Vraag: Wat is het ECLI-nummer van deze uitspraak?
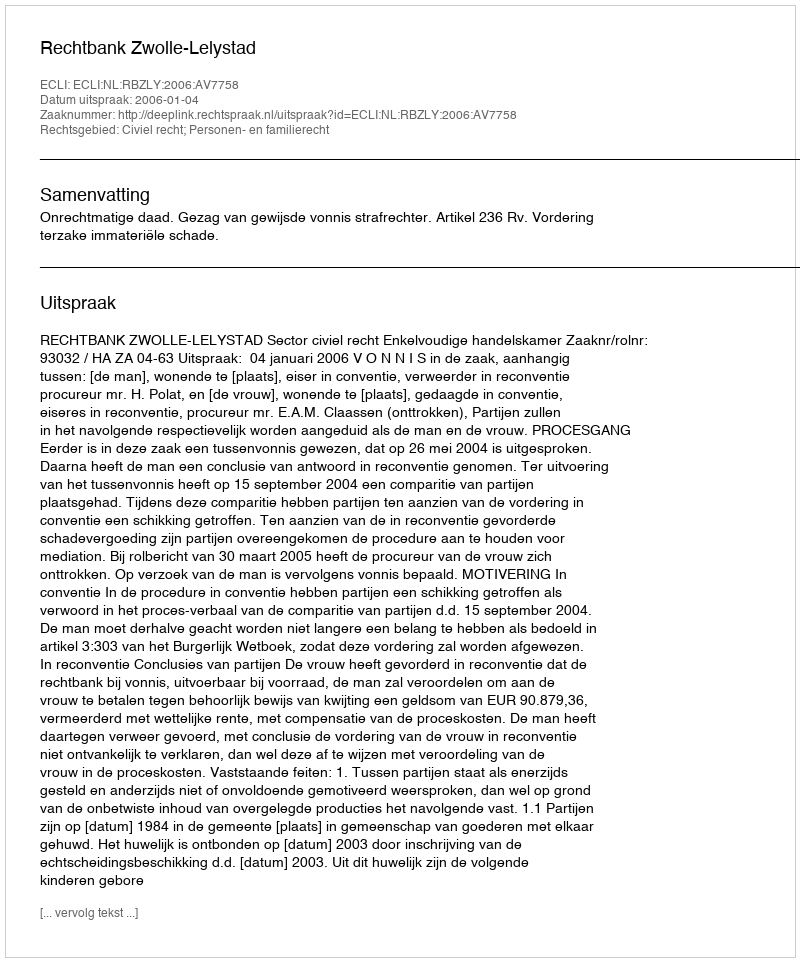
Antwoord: ECLI:NL:RBZLY:2006:AV7758